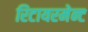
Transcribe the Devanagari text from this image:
रिटायरमेन्ट